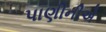
પાણીનીએ